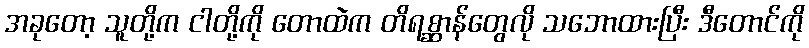
အခုတော့ သူတို့က ငါတို့ကို တောထဲက တိရစ္ဆာန်တွေလို သဘောထားပြီး ဒီတောင်ကို